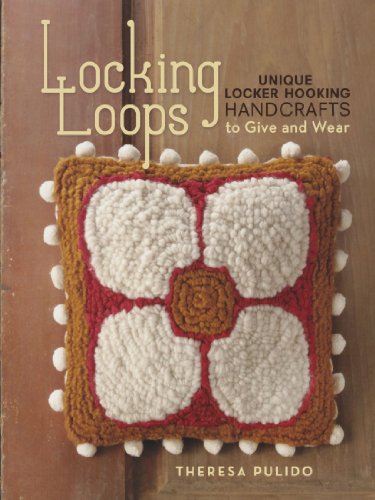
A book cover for Locking Loops: Unique Locker Hooking Handcrafts to Wear and Give; Theresa Pulido; Crafts, Hobbies & Home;